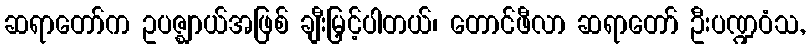
ဆရာတော်က ဥပဇ္ဈာယ်အဖြစ် ချီးမြှင့်ပါတယ်၊ တောင်ဖီလာ ဆရာတော် ဦးပဏ္ဍဝံသ,